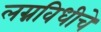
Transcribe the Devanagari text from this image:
लग्नविधीचे